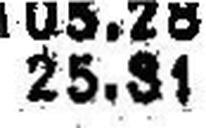
25.31